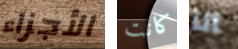
الأجزاء كانت انا